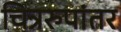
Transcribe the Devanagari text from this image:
चित्ररुपांतर